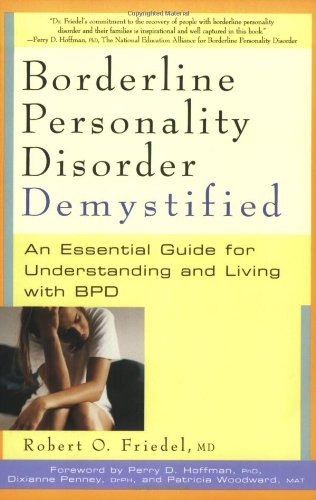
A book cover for Borderline Personality Disorder Demystified: An Essential Guide for Understanding and Living with BPD; Robert O. Friedel; Health, Fitness & Dieting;